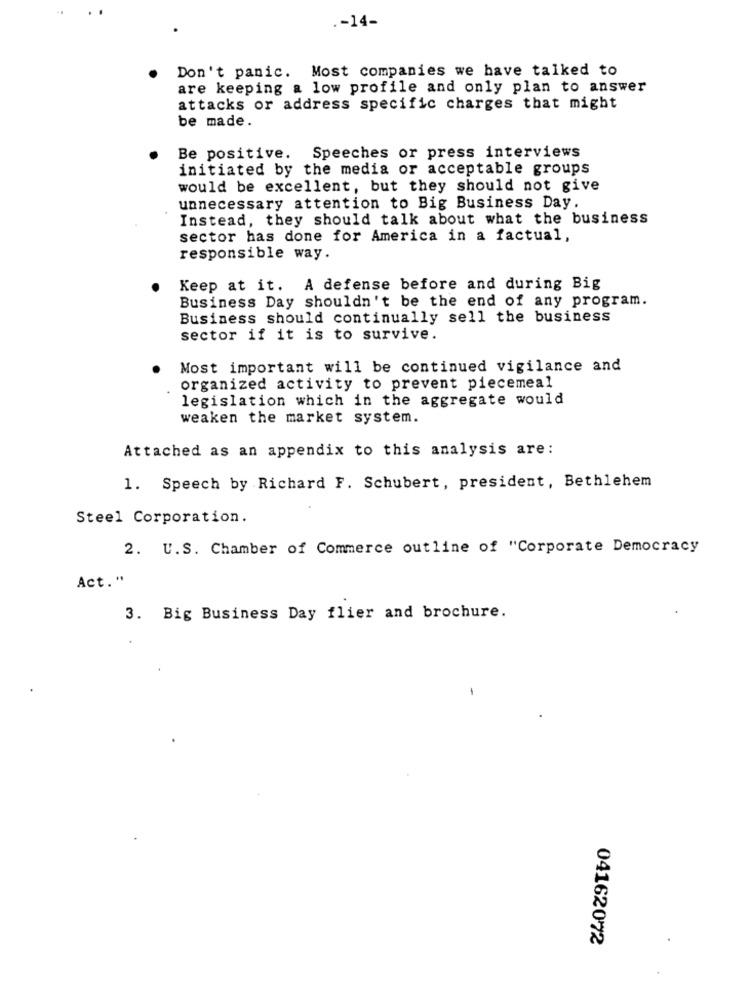
.- 14-
Don't panic. Most companies we have talked to
are keeping a low profile and only plan to answer
attacks or address specific charges that might
be made.
Be positive. Speeches or press interviews
initiated by the media or acceptable groups
would be excellent, but they should not give
unnecessary attention to Big Business Day.
Instead, they should talk about what the business
sector has done for America in a factual,
responsible way.
Keep at it. A defense before and during Big
Business Day shouldn't be the end of any program.
Business should continually sell the business
sector if it is to survive.
Most important will be continued vigilance and
organized activity to prevent piecemeal
legislation which in the aggregate would
weaken the market system.
Attached as an appendix to this analysis are:
1. Speech by Richard F. Schubert, president, Bethlehem
Steel Corporation.
2. U.S. Chamber of Commerce outline of "Corporate Democracy
Act."
3. Big Business Day flier and brochure.
04162072